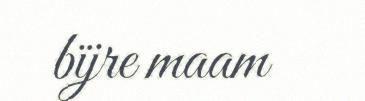
bïjre maam